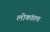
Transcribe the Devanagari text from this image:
लोकांतच